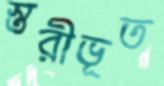
স্তরীভূত